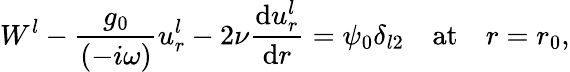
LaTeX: W^{l}-\frac{g_{0}}{(-i\omega)}u_{r}^{l}-2\nu\frac{\mathrm{d}u_{r}^{l}}{\mathrm{d}r}=\psi_{0}\delta_{l2}\quad\mathrm{at}\quad r=r_{0},